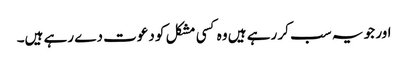
اور جو یہ سب کر رہے ہیں وہ کسی مشکل کو دعوت دے رہے ہیں۔